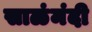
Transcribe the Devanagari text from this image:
साळंमंदी